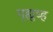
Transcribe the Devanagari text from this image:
गृह्युध्ह